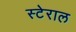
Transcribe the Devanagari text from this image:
स्टेराल